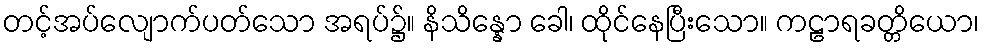
တင့်အပ်လျောက်ပတ်သော အရပ်၌။ နိသိန္နော ခေါ၊ ထိုင်နေပြီးသော။ ကဠာရခတ္တိယော၊